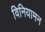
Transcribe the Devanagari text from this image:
विनियामन